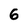
Character: 6